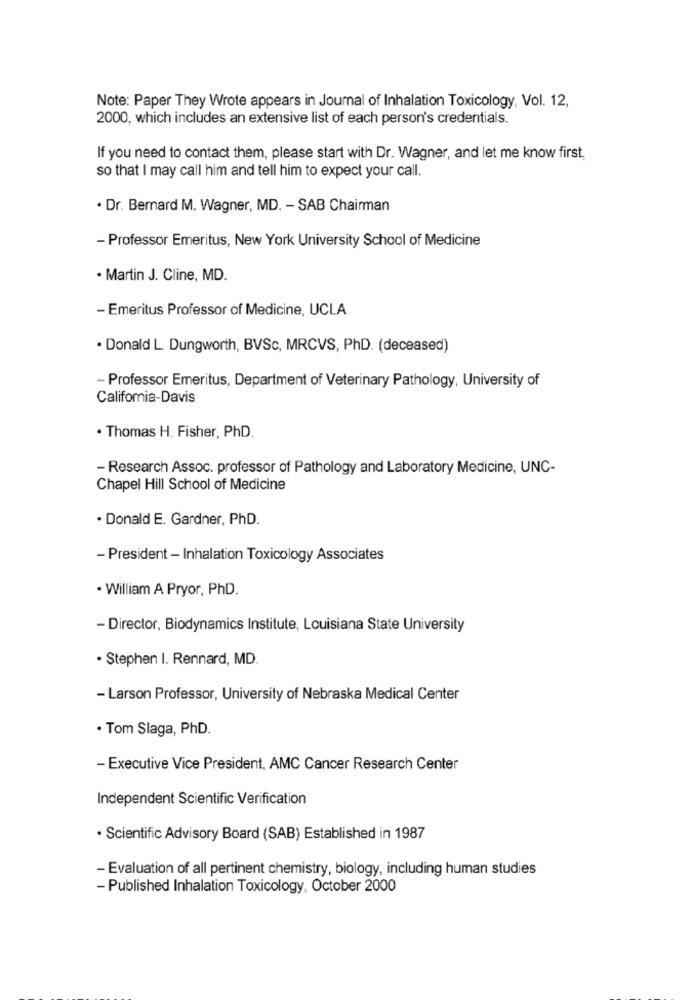
Note: Paper They Wrote appears in Journal of Inhalation Toxicology, Vol. 12,
2000, which includes an extensive list of each person's credentials.
If you need to contact them, please start with Dr. Wagner, and let me know first,
so that I may call him and tell him to expect your call.
· Dr. Bernard M. Wagner, MD. - SAB Chairman
- Professor Emeritus, New York University School of Medicine
· Martin J. Cline, MD.
- Emeritus Professor of Medicine, UCLA
· Donald L Dungworth, BVSc, MRCVS, PhD. (deceased)
- Professor Emeritus, Department of Veterinary Pathology, University of
California-Davis
. Thomas H. Fisher, PhD.
- Research Assoc. professor of Pathology and Laboratory Medicine, UNC-
Chapel Hill School of Medicine
· Donald E. Gardner, PhD.
- President - Inhalation Toxicology Associates
· William A Pryor, PhD.
- Director, Biodynamics Institute, Louisiana State University
· Stephen I. Rennard, MD.
- Larson Professor, University of Nebraska Medical Center
· Tom Slaga, PhD.
- Executive Vice President, AMC Cancer Research Center
Independent Scientific Verification
· Scientific Advisory Board (SAB) Established in 1987
- Evaluation of all pertinent chemistry, biology, including human studies
- Published Inhalation Toxicology, October 2000